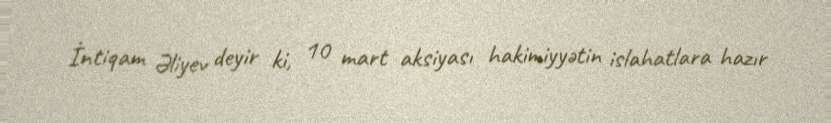
İntiqam Əliyev deyir ki, 10 mart aksiyası hakimiyyətin islahatlara hazır